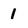
Character: 1